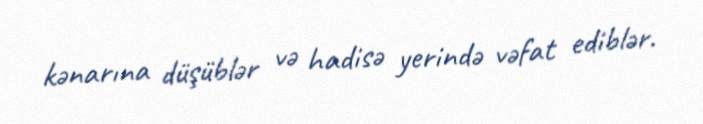
kənarına düşüblər və hadisə yerində vəfat ediblər.